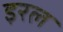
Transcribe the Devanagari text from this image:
इरल